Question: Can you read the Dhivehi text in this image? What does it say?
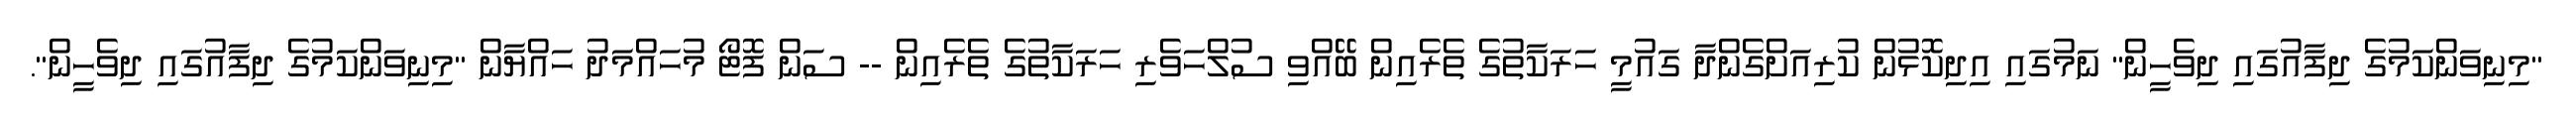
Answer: "މިނިވަންކަމުގެ ދިފާއުގައި ދިވެހީން" ނަމުގައި އިދިކޮޅުން ކުރިއަށްގެންދާ ގައުމީ ހަރަކާތުގެ ތެރެއިން ބޭއްވި ސުލްހަވެރި ހަރަކާތުގެ ތެރެއިން -- ސަން ފޮޓޯ މުހައްމަދު ހައްޔާން "މިނިވަންކަމުގެ ދިފާއުގައި ދިވެހީން".